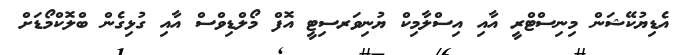
އެޑިޔުކޭޝަން މިނިސްޓްރީ އާއި އިސްލާމިކް ޔުނިވަރސިޓީ އޮފް މޯލްޑިވްސް އާއި ގުޅިގެން ބްލޮކްމޯޑަށް